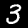
Label: 3